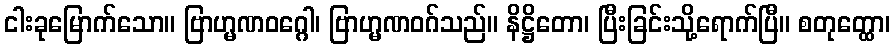
ငါးခုမြောက်သော။ ဗြာဟ္မဏဝဂ္ဂေါ၊ ဗြာဟ္မဏဝဂ်သည်။ နိဋ္ဌိတော၊ ပြီးခြင်းသို့ရောက်ပြီ။ စတုတ္ထော၊